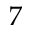
7